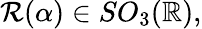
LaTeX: \mathcal{R}(\alpha)\in SO_{3}(\mathbb{R}),